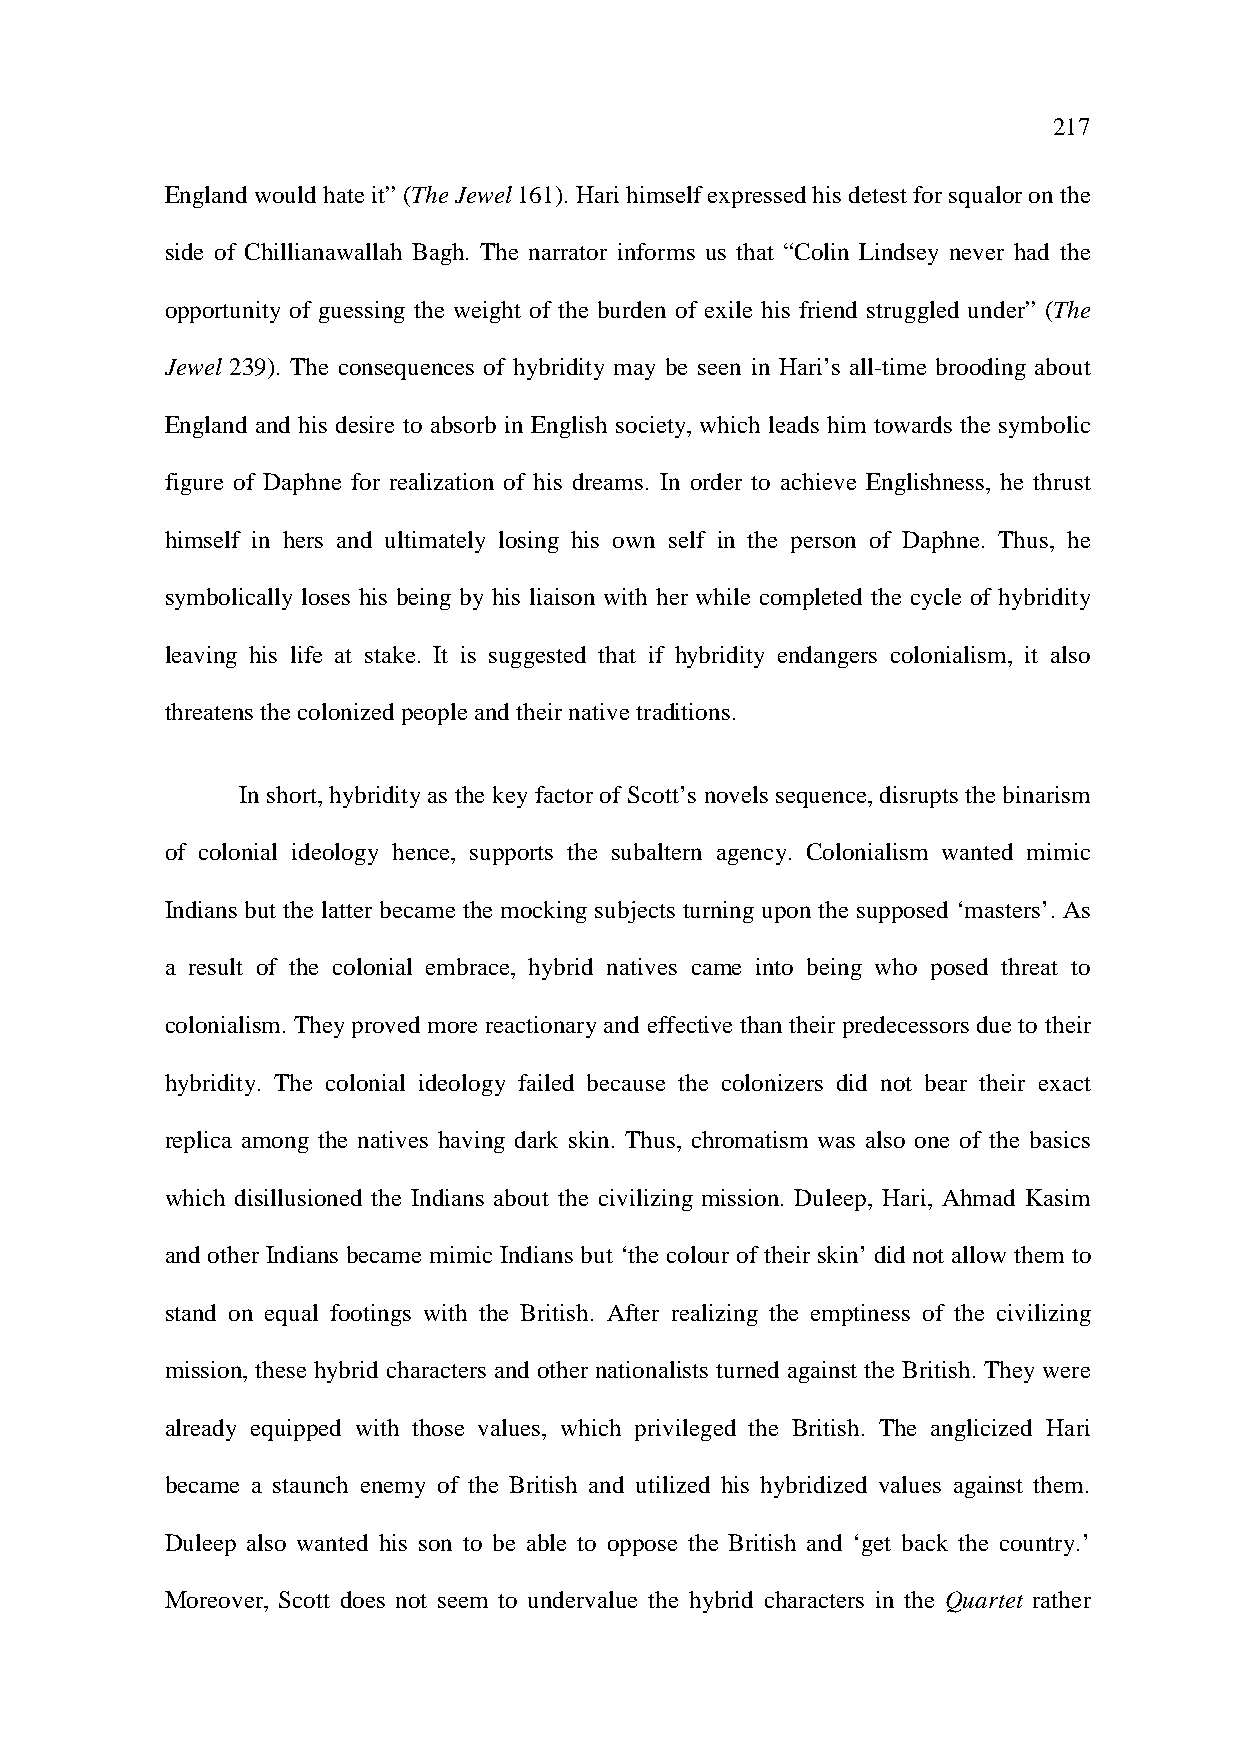
217
 England would hate it” (The Jewel 161). Hari himself expressed his detest for squalor on the
 side of Chillianawallah Bagh. The narrator informs us that “Colin Lindsey never had the
 opportunity of guessing the weight of the burden of exile his friend struggled under” (The
 Jewel 239). The consequences of hybridity may be seen in Hari’s all-time brooding about
 England and his desire to absorb in English society, which leads him towards the symbolic
 figure of Daphne for realization of his dreams. In order to achieve Englishness, he thrust
 himself in hers and ultimately losing his own self in the person of Daphne. Thus, he
 symbolically loses his being by his liaison with her while completed the cycle of hybridity
 leaving his life at stake. It is suggested that if hybridity endangers colonialism, it also
 threatens the colonized people and their native traditions.
 In short, hybridity as the key factor of Scott’s novels sequence, disrupts the binarism
 of colonial ideology hence, supports the subaltern agency. Colonialism wanted mimic
 Indians but the latter became the mocking subjects turning upon the supposed ‘masters’. As
 a result of the colonial embrace, hybrid natives came into being who posed threat to
 colonialism. They proved more reactionary and effective than their predecessors due to their
 hybridity. The colonial ideology failed because the colonizers did not bear their exact
 replica among the natives having dark skin. Thus, chromatism was also one of the basics
 which disillusioned the Indians about the civilizing mission. Duleep, Hari, Ahmad Kasim
 and other Indians became mimic Indians but ‘the colour of their skin’ did not allow them to
 stand on equal footings with the British. After realizing the emptiness of the civilizing
 mission, these hybrid characters and other nationalists turned against the British. They were
 already equipped with those values, which privileged the British. The anglicized Hari
 became a staunch enemy of the British and utilized his hybridized values against them.
 Duleep also wanted his son to be able to oppose the British and ‘get back the country.’
 Moreover, Scott does not seem to undervalue the hybrid characters in the Quartet rather